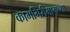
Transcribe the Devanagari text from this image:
कामगिरीमागच्या